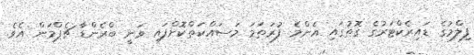
ފިލްމުގެ ޑައިރެކްޓަރުގެ ގޮތުގައި އެންމެ ފުރަތަމަ މަސައްކަތްކޮށްފައި ވަނީ ބްރެންޑާ ޗެޕްމަން އެވެ.